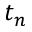
t _ { n }